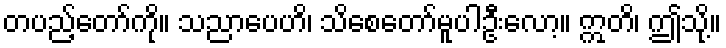
တပည့်တော်ကို။ သညာပေဟိ၊ သိစေတော်မူပါဦးလော့။ ဣတိ၊ ဤသို့။